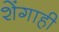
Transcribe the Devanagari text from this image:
शेंगाही